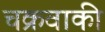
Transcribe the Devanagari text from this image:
चक्रवाकी